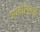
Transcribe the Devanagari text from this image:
फ़ोनीकियाई